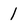
Character: 1